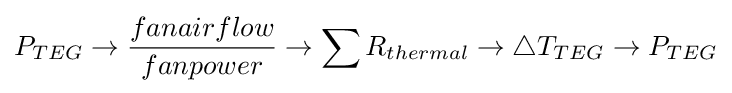
P_{TEG}\rightarrow {fanairflow \over fanpower}\rightarrow \sum R_{thermal}\rightarrow \bigtriangleup T_{TEG}\rightarrow P_{TEG}